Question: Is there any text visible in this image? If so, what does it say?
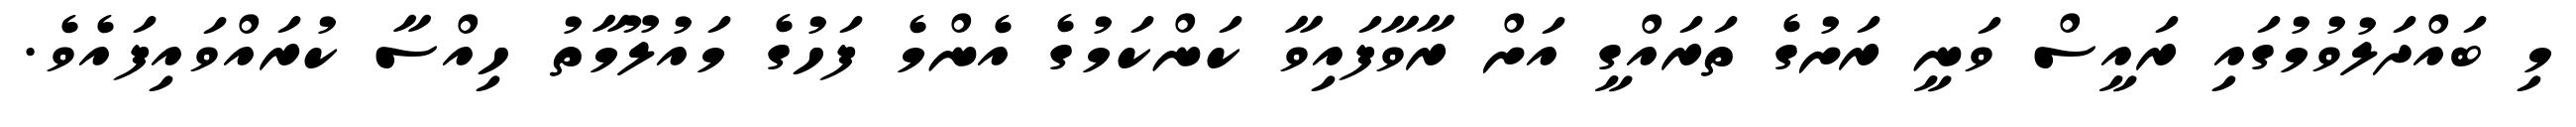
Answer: މި ބައްދަލުވުމުގައި ރައީސް ވަނީ ރަށުގެ ތަރައްގީ އަށް ރާވާފައިވާ ކަންކަމުގެ އެންމެ ފަހުގެ މައުލޫމާތު ހިއްސާ ކުރައްވައިފައެވެ.